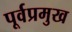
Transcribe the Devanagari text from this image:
पूर्वप्रमुख